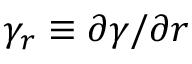
\gamma _ { r } \equiv \partial \gamma / \partial r